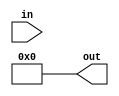
module shift_left(out, in);
	input [31:0] in;
	output [31:0] out;
	assign out = {{in[29:0], 0}, 0};
endmodule